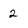
Character: 2